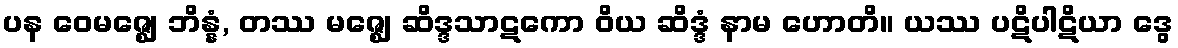
ပန ဝေမဇ္ဈေ ဘိန္နံ, တဿ မဇ္ဈေ ဆိဒ္ဒသာဋကော ဝိယ ဆိဒ္ဒံ နာမ ဟောတိ။ ယဿ ပဋိပါဋိယာ ဒွေ